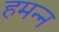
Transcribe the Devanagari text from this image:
हमन्न